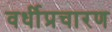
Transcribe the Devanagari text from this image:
वर्धीप्रचारण